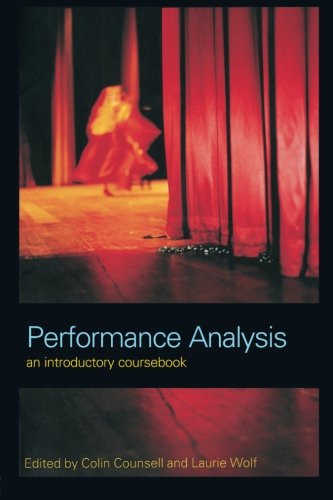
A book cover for Performance Analysis: An Introductory Coursebook; Humor & Entertainment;